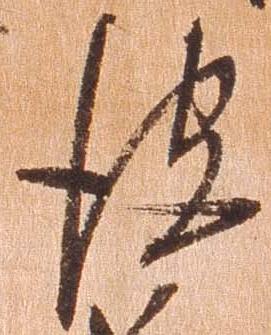
彼